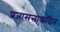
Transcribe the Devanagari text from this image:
प्रजासत्ताकदिन